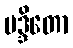
မဒ္ဒိတော